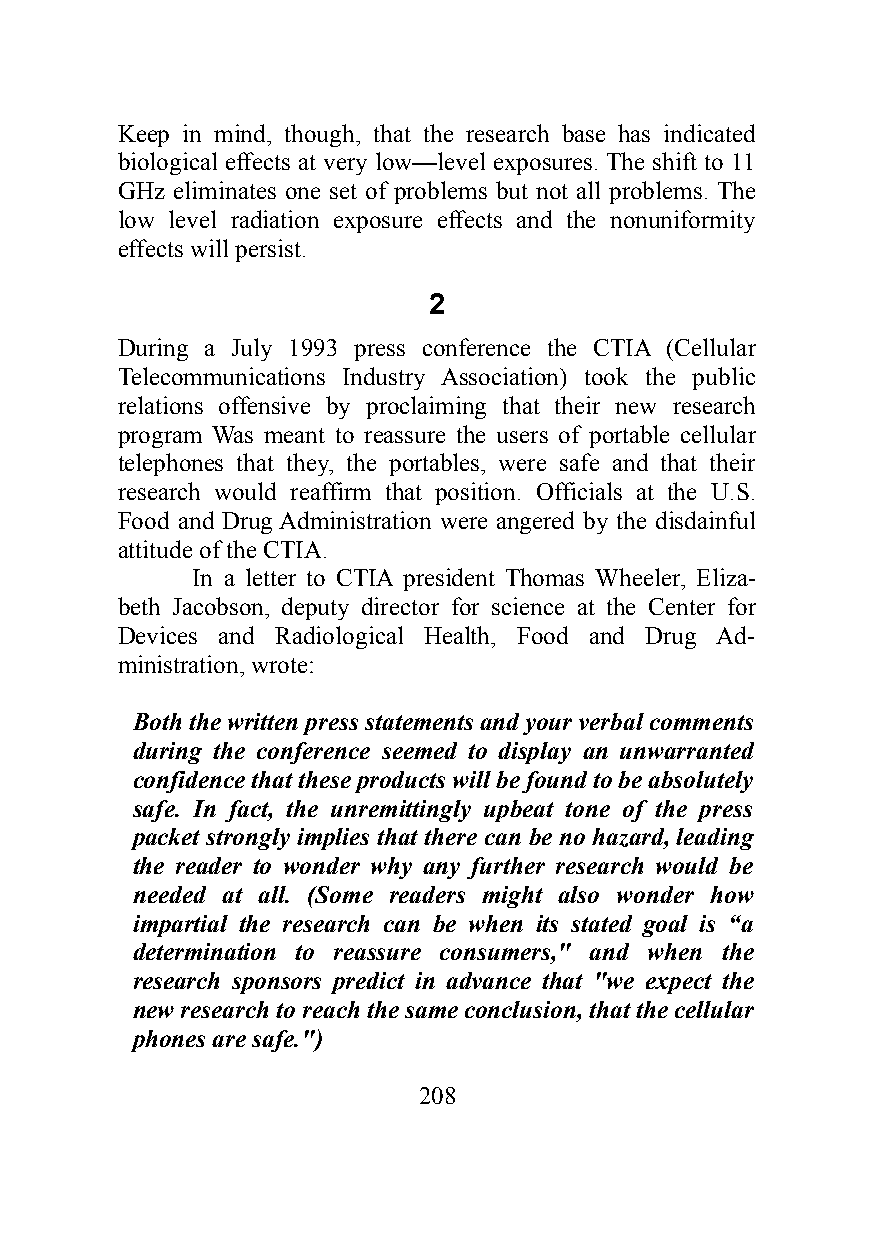
Keep in mind, though, that the research base has indicated
 biological effects at very low—level exposures. The shift to 11
 GHz eliminates one set of problems but not all problems. The
 low level radiation exposure effects and the nonuniformity
 effects will persist.
 2
 During a July 1993 press conference the CTIA (Cellular
 Telecommunications Industry Association) took the public
 relations offensive by proclaiming that their new research
 program Was meant to reassure the users of portable cellular
 telephones that they, the portables, were safe and that their
 research would reaffirm that position. Officials at the U.S.
 Food and Drug Administration were angered by the disdainful
 attitude of the CTIA.
 In a letter to CTIA president Thomas Wheeler, Eliza-
 beth Jacobson, deputy director for science at the Center for
 Devices and Radiological Health, Food and Drug Ad-
 ministration, wrote:
 Both the written press statements and your verbal comments
 during the conference seemed to display an unwarranted
 confidence that these products will be found to be absolutely
 safe. In fact, the unremittingly upbeat tone of the press
 packet strongly implies that there can be no hazard, leading
 the reader to wonder why any further research would be
 needed at all. (Some readers might also wonder how
 impartial the research can be when its stated goal is “a
 determination to reassure consumers," and when the
 research sponsors predict in advance that "we expect the
 new research to reach the same conclusion, that the cellular
 phones are safe.")
 208